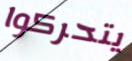
يتحركوا